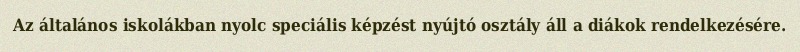
Az általános iskolákban nyolc speciális képzést nyújtó osztály áll a diákok rendelkezésére.